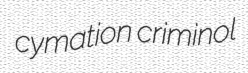
cymation criminol